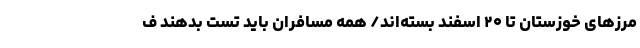
مرزهای خوزستان تا ۲۰ اسفند بسته‌اند/ همه مسافران باید تست بدهند ف